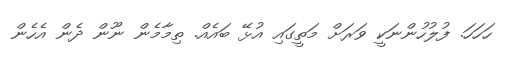
ހަހަހަ. ފުލުހުންނަކީ ވަރަށް މަތީގައި އުޅޭ ބައެއް. ތިމާމެން ނޫން ދެން އެހެން